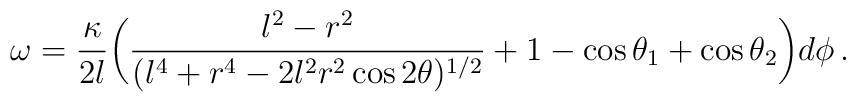
\omega = \frac{\kappa}{2 l} \biggl( \frac{l^2-r^2}{(l^4+r^4-2l^2r^2\cos 2\theta)^{1/2}} + 1 - \cos \theta_1 + \cos \theta_2 \biggr) d\phi \, .